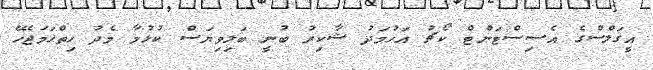
އީގަލްސްގެ އެސިސްޓަންޓް ކޯޗު އަހުމަދު ޝާކިރު ބުނީ ބަލިވިޔަސް ކުޅުމާ މެދު ހިތްހަމަޖެހޭ